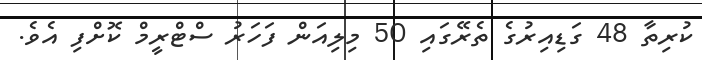
ކުރިތާ 48 ގަޑިއިރުގެ ތެރޭގައި 50 މިލިއަން ފަހަރު ސްޓްރީމް ކޮށްފި އެވެ.